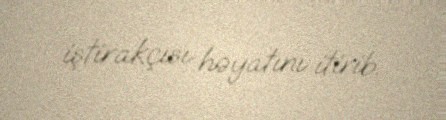
iştirakçısı həyatını itirib.